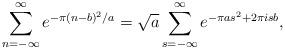
LaTeX: \begin{align*}\sum_{n=-\infty}^{\infty}e^{-\pi(n-b)^2/a}=\sqrt{a}\sum_{s=-\infty}^{\infty}e^{-\pi as^2+2\pi isb},\end{align*}